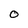
Character: O